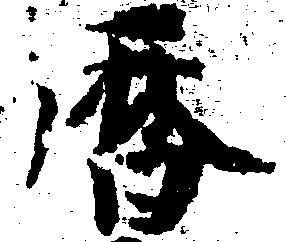
暦